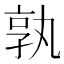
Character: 孰